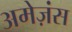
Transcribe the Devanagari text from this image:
अमेज़ंस